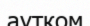
аутком